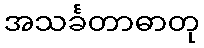
အသင်္ခတာဓာတု